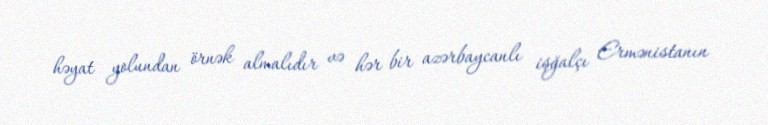
həyat yolundan örnək almalıdır və hər bir azərbaycanlı işğalçı Ermənistanın